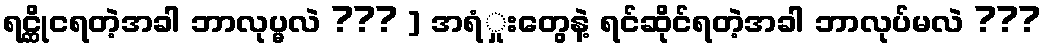
ရင္ဆိုင္ရတဲ့အခါ ဘာလုပ္မလဲ ??? ] အရံှုးတွေနဲ့ ရင်ဆိုင်ရတဲ့အခါ ဘာလုပ်မလဲ ???